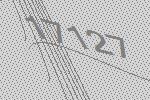
17127